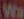
Wa